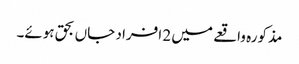
مذکورہ واقعے میں 2 افراد جاں بحق ہوئے۔